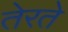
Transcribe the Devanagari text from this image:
तेरते